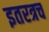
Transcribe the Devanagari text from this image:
इतरत्रच